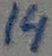
Text: 14